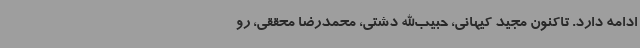
ادامه دارد. تاکنون مجید کیهانی، حبیب‌الله دشتی، محمدرضا محققی، رو